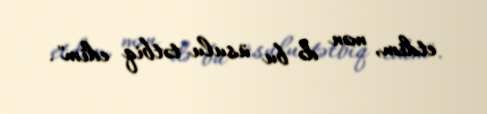
etdim, mən də bu üsulu tətbiq edim".